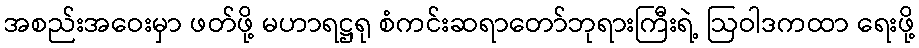
အစည်းအဝေးမှာ ဖတ်ဖို့ မဟာရဋ္ဌရု စံကင်းဆရာတော်ဘုရားကြီးရဲ့ ဩဝါဒကထာ ရေးဖို့